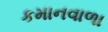
કમાનવાળા